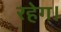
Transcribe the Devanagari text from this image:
रहेग।